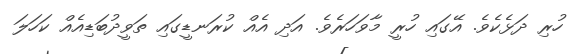
ހުރި ދަޅެކެވެ. އޭގައި ހުރީ މާވަހަރެވެ. އަދި އެއް ކުރަނޑީގައި ތަވީދުބަޑިއެއް ކަހަލަ